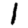
Digit: 1